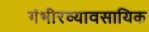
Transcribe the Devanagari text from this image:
गंभीरव्यावसायिक